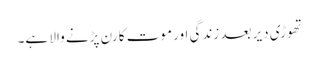
تھوڑی دیر بعد زندگی اور موت کا رن پڑنے والا ہے۔